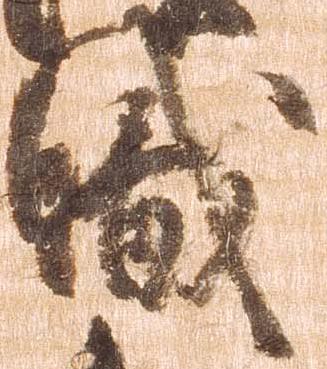
職